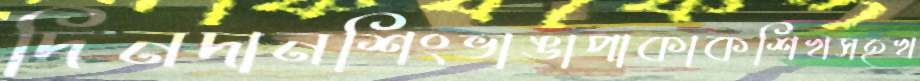
দিনদানশিংভাঙাপাকাকশিখসহখ